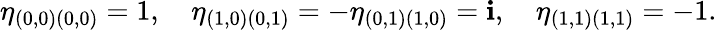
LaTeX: \eta_{(0,0)(0,0)}=1,\quad\eta_{(1,0)(0,1)}=-\eta_{(0,1)(1,0)}=\mathbf{i},\quad\eta_{(1,1)(1,1)}=-1.